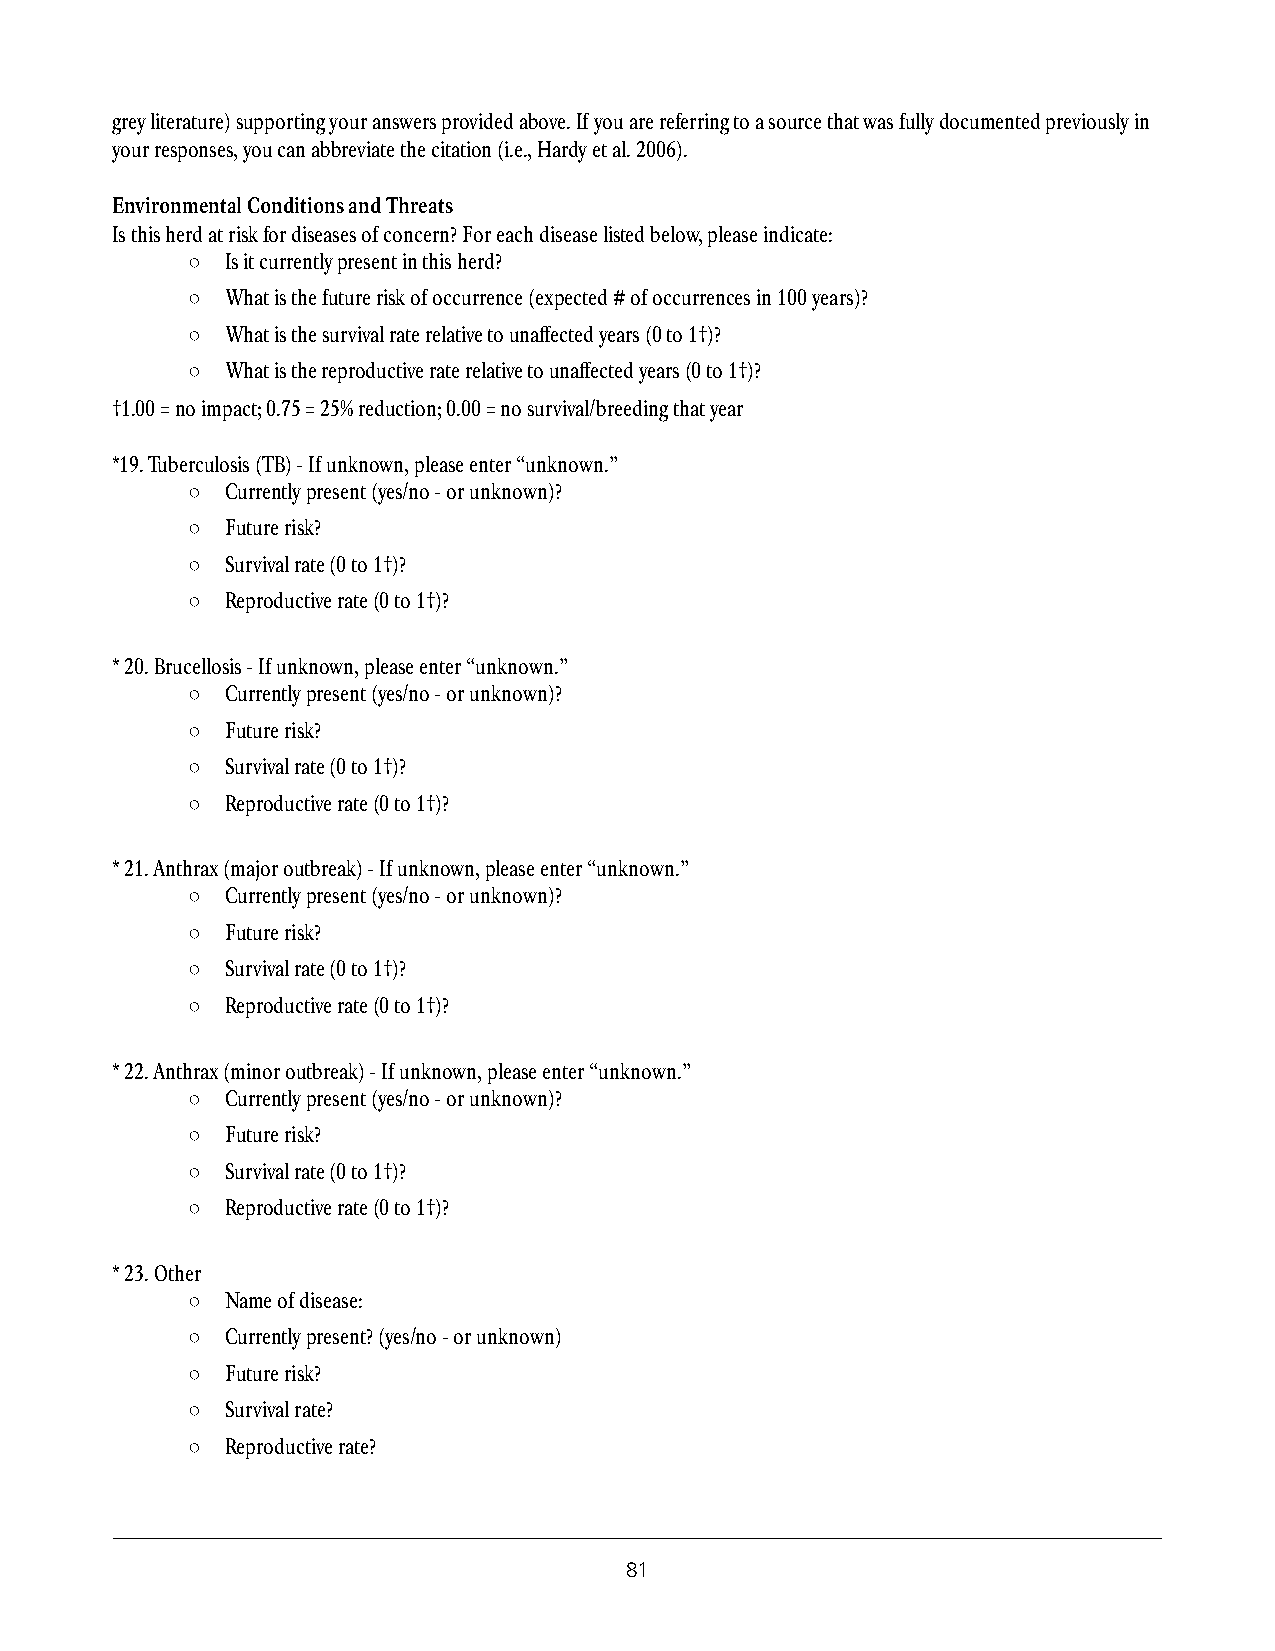
grey literature) supporting your answers provided above. If you are referring to a source that was fully documented previously in
 your responses, you can abbreviate the citation (i.e., Hardy et al. 2006).
 Environmental Conditions and Threats
 Is this herd at risk for diseases of concern? For each disease listed below, please indicate:
 ○  Is it currently present in this herd?
 ○  What is the future risk of occurrence (expected # of occurrences in 100 years)?
 ○  What is the survival rate relative to unaffected years (0 to 1†)?
 ○  What is the reproductive rate relative to unaffected years (0 to 1†)?
 †1.00 = no impact; 0.75 = 25% reduction; 0.00 = no survival/breeding that year
 *19. Tuberculosis (TB) - If unknown, please enter “unknown.”
 ○  Currently present (yes/no - or unknown)?
 ○  Future risk?
 ○  Survival rate (0 to 1†)?
 ○  Reproductive rate (0 to 1†)?
 * 20. Brucellosis - If unknown, please enter “unknown.”
 ○  Currently present (yes/no - or unknown)?
 ○  Future risk?
 ○  Survival rate (0 to 1†)?
 ○  Reproductive rate (0 to 1†)?
 * 21. Anthrax (major outbreak) - If unknown, please enter “unknown.”
 ○  Currently present (yes/no - or unknown)?
 ○  Future risk?
 ○  Survival rate (0 to 1†)?
 ○  Reproductive rate (0 to 1†)?
 * 22. Anthrax (minor outbreak) - If unknown, please enter “unknown.”
 ○  Currently present (yes/no - or unknown)?
 ○  Future risk?
 ○  Survival rate (0 to 1†)?
 ○  Reproductive rate (0 to 1†)?
 * 23. Other
 ○  Name of disease:
 ○  Currently present? (yes/no - or unknown)
 ○  Future risk?
 ○  Survival rate?
 ○  Reproductive rate?
 81